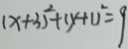
( x + 3 ) ^ { 2 } + ( y + 1 ) ^ { 2 } = 9